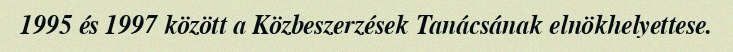
1995 és 1997 között a Közbeszerzések Tanácsának elnökhelyettese.